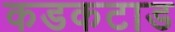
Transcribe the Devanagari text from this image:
कडकटाड